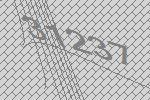
31237